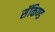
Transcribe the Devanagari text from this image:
सॅकिण्ड